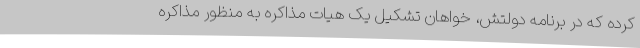
کرده که در برنامه دولتش، خواهان تشکیل یک هیات مذاکره به منظور مذاکره